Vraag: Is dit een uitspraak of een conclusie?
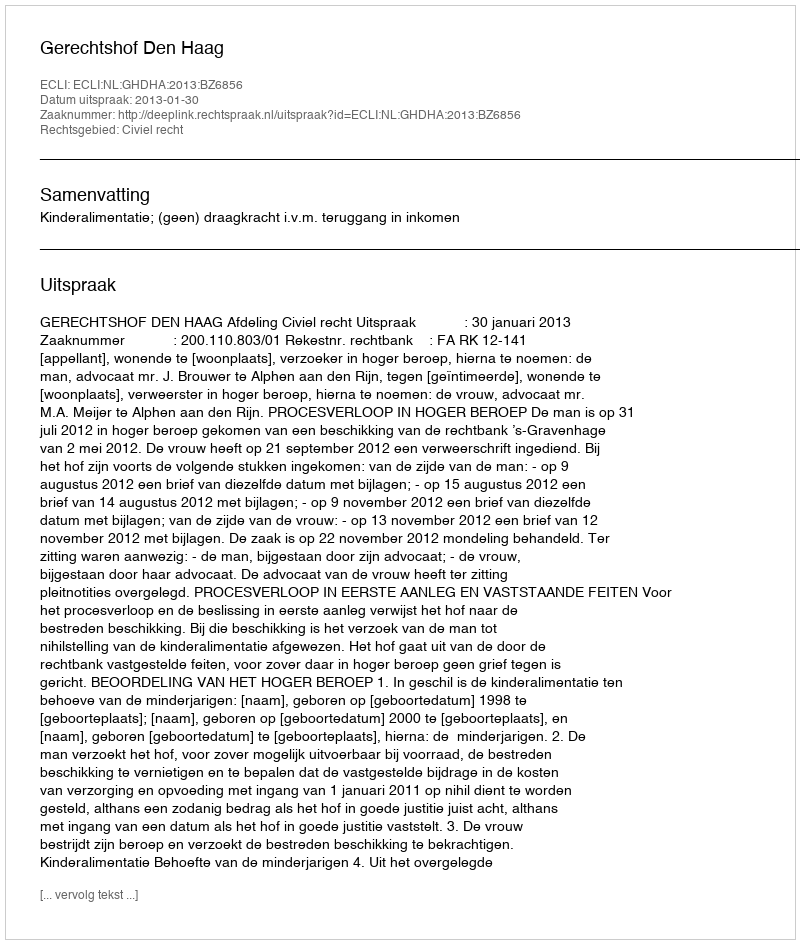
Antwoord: Uitspraak